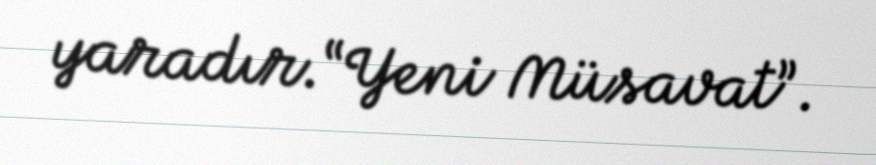
yaradır.“Yeni Müsavat”.